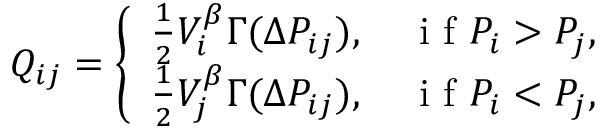
Q _ { i j } = \left\{ \begin{array} { l l } { \frac { 1 } { 2 } V _ { i } ^ { \beta } \Gamma ( \Delta P _ { i j } ) , \quad \mathrm { ~ i ~ f ~ } P _ { i } > P _ { j } , } \\ { \frac { 1 } { 2 } V _ { j } ^ { \beta } \Gamma ( \Delta P _ { i j } ) , \quad \mathrm { ~ i ~ f ~ } P _ { i } < P _ { j } , } \end{array} \right.